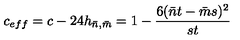
c _ { e f f } = c - 2 4 h _ { \bar { n } , \bar { m } } = 1 - \frac { 6 ( \bar { n } t - \bar { m } s ) ^ { 2 } } { s t }